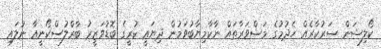
ކޯލިޝަން ސަރުކާރެއް ހެދުމުގެ މަޝްވަރާތައް ނާކާމިޔާބުވަމުން ދިޔައީ ކުރީގެ ބޮޑުވަޒީރު ބާރްލުސްކޯނީއާ ނުލައި